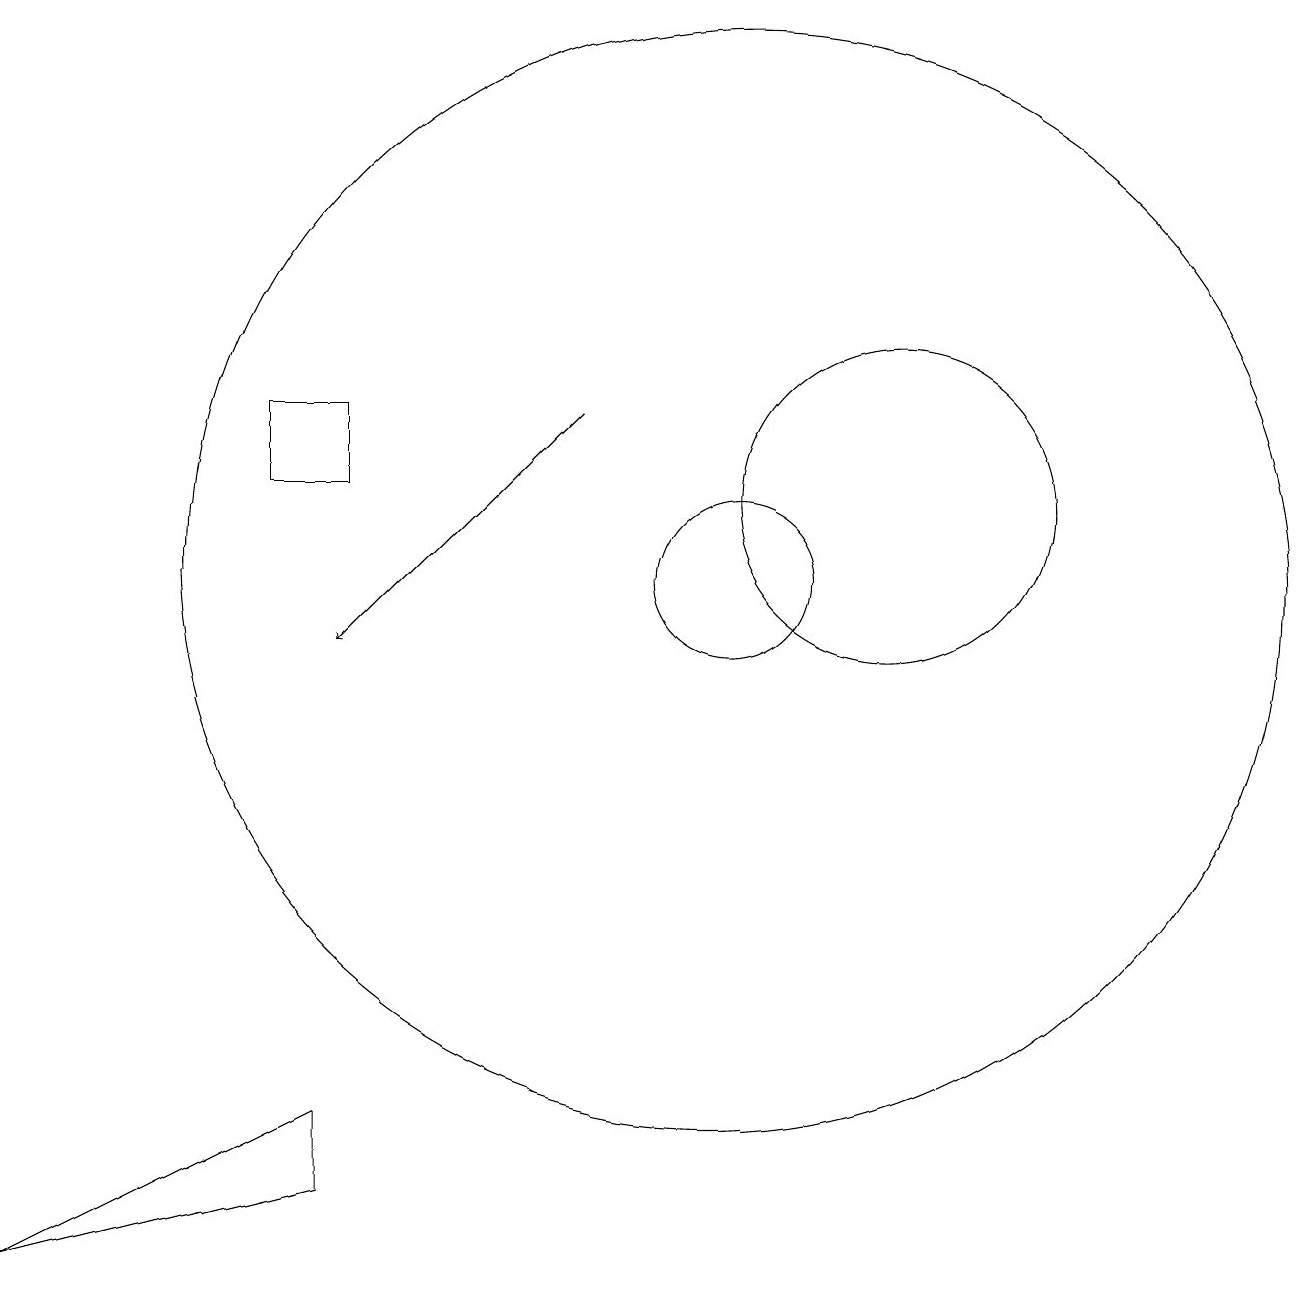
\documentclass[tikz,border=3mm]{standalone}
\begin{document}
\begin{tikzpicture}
\draw (4,12) rectangle (5,13);
\draw (10,11) circle (7);
\draw (5,4) -- (1,2) -- (5,3) -- cycle;
\draw[->] (8,13) -- (5,10);
\draw (10,11) circle (1);
\draw (12,12) circle (2);
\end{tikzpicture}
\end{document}